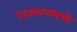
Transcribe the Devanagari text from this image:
उदभवण्याची